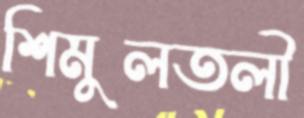
শিমুলতলী